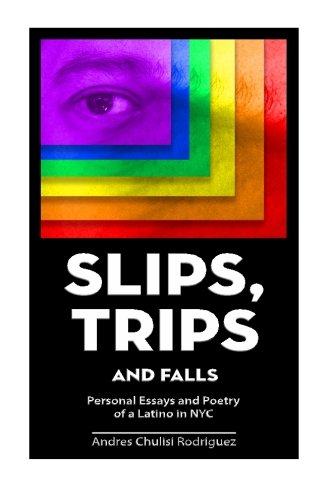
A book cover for Slip. Trips. Falls: Memoir and Poetry of a latino in NYC; Andres Chulisi Rodriguez; Biographies & Memoirs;